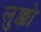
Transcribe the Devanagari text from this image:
लुक्को